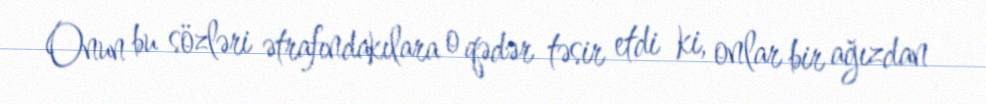
Onun bu sözləri ətrafındakılara o qədər təsir etdi ki, onlar bir ağızdan